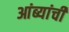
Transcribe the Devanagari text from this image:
आंब्यांची